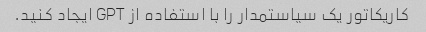
کاریکاتور یک سیاستمدار را با استفاده از GPT ایجاد کنید.